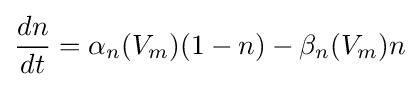
{\frac {dn}{dt}}=\alpha _{n}(V_{m})(1-n)-\beta _{n}(V_{m})n